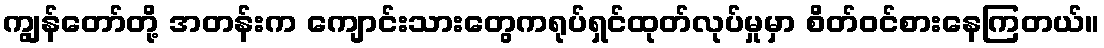
ကျွန်တော်တို့ အတန်းက ကျောင်းသားတွေကရုပ်ရှင်ထုတ်လုပ်မှုမှာ စိတ်ဝင်စားနေကြတယ်။